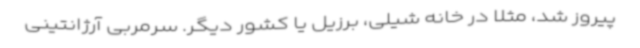
پیروز شد، مثلا در خانه شیلی، برزیل یا کشور دیگر. سرمربی آرژانتینی